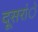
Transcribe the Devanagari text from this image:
दूसरांे